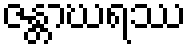
ဇန္တာဃရဿ